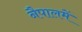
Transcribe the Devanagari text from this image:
नैपालमें